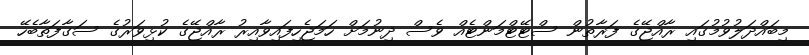
މިބައްދަލުވުމުގައި ރާއްޖޭގެ ފަރާތުން ސްޓޭޓްމަންޓެއް ވެސް ދިނުމަށް ހަމަޖެހިފައިވާއިރު ރާއްޖޭގެ ކުޅިވަރުގެ ސަގާފަތާބެހޭ